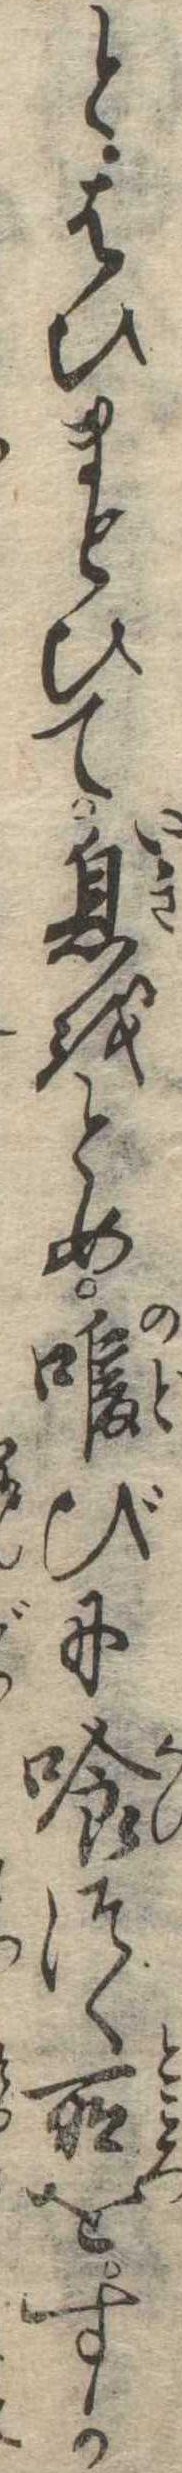
とはひまとひて息をとめ喉びに喰つく所をすか